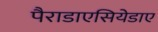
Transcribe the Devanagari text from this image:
पैराडाएसियेडाए